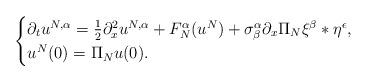
LaTeX: \begin{align*}\begin{cases}\partial_tu^{N,\alpha}=\tfrac{1}{2}\partial_x^2u^{N,\alpha}+F_N^\alpha(u^N)+\sigma_\beta^\alpha\partial_x\Pi_N\xi^\beta*\eta^\epsilon,\\u^N(0)=\Pi_Nu(0).\end{cases}\end{align*}